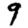
Digit: 9